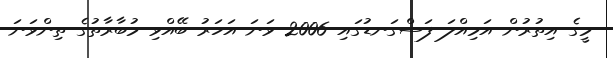
މީގެ އިތުރުން އަމިއްލަ ފަސްގަނޑުގައި 2006 ވަނަ އަހަރު ބޭއްވި މުބާރާތުގެ ތިންވަނަ